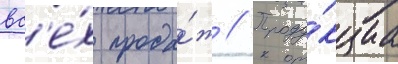
вс'е́х прода́ж // Проду́кциа